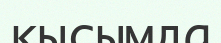
кысымда